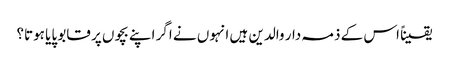
یقیناً اس کے ذمہ دار والدین ہیں انہوں نے اگر اپنے بچوں پر قابو پایا ہوتا؟